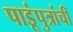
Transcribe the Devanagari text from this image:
पाडूंपुत्रांची